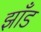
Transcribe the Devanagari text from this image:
झाँड